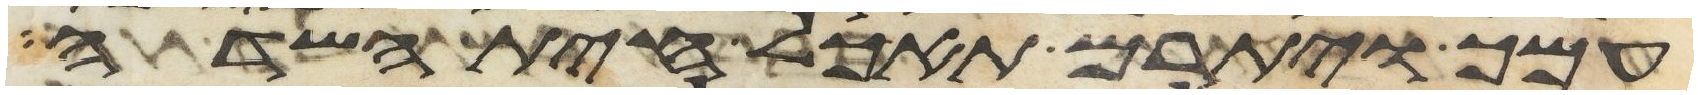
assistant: עמך ויתרם תאכל חית השדה